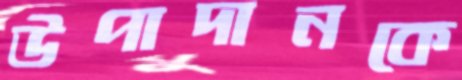
উপাদানকে